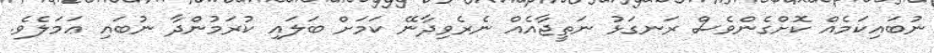
ނުބައިކަމެއް ކޮށްގެންވެސް ރަނގަޅު ނަތީޖާއެއް ނެރެވިދާނޭ ކަމަށް ބަލައި ކުރަމުންދާ ނުބައި ޢަމަލެވެ.